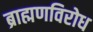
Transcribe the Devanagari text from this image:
ब्राह्मणविरोध